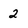
Character: 2